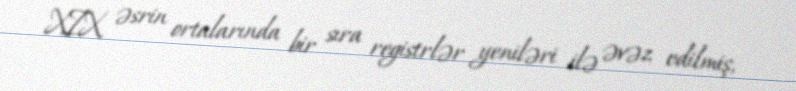
XIX əsrin ortalarında bir sıra registrlər yeniləri ilə əvəz edilmiş,